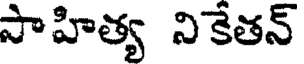
సాహిత్య నికేతన్